Senior Leaving Certificate Examination (including Day School Certificate (Higher) General paper), 1950
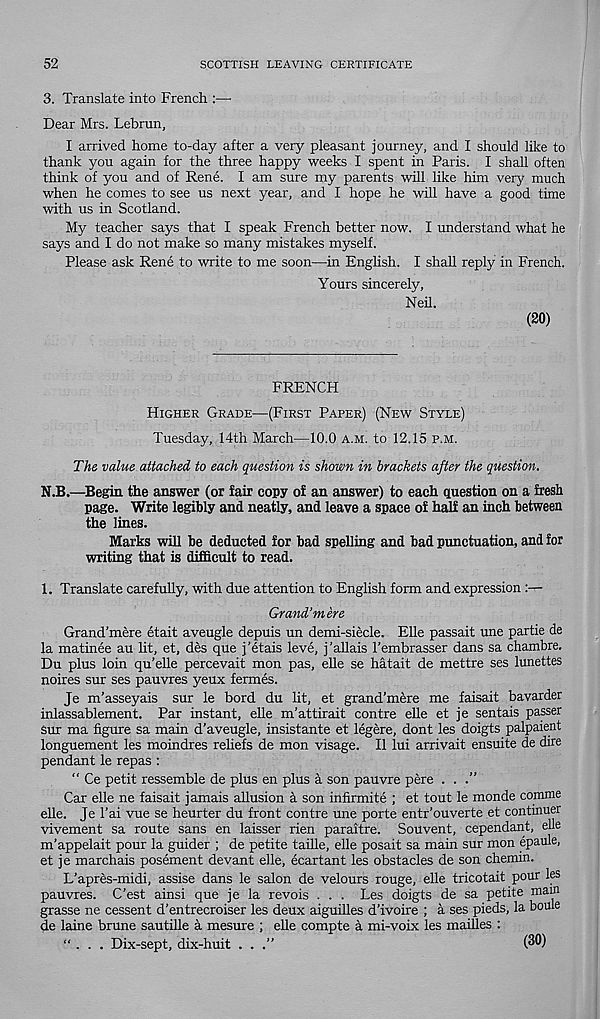
52
SCOTTISH LEAVING CERTIFICATE
3. Translate into French :—
Dear Mrs. Lebrun,
I arrived home to-day after a very pleasant journey, and I should like to
thank you again for the three happy weeks I spent in Paris. I shall often
think of you and of Rene. I am sure my parents will like him very much
when he comes to see us next year, and I hope he will have a good time
with us in Scotland.
My teacher says that I speak French better now. I understand what he
says and I do not make so many mistakes myself.
Please ask Rene to write to me soon—in English. I shall reply in French.
Yours sincerely,
Neil.
(20)
FRENCH
Higher Grade—(First Paper) (New Style)
Tuesday, 14th March—10.0 a.m. to 12.15 p.m.
The value attached to each question is shown in brackets after the question.
N.B.—Begin the answer (or fair copy of an answer) to each question on a fresh
page. Write legibly and neatly, and leave a space of half an inch between
the lines.
Marks will be deducted for bad spelling and bad punctuation, and for
writing that is difficult to read.
1. Translate carefully, with due attention to English form and expression :—
Grand’mere
Grand’mere etait aveugle depuis un demi-siecle. Elle passait une partie de
la matinee au lit, et, des que j’etais leve, j’allais I’embrasser dans sa chambre.
Du plus loin qu’elle percevait mon pas, elle se hatait de mettre ses lunettes
noires sur ses pauvres yeux fermes.
Je m’asseyais sur le bord du lit, et grand’mere me faisait bavarder
inlassablement. Par instant, elle m’attirait centre elle et je sentais passer
Sur ma figure sa main d’aveugle, insistante et legere, dont les doigts palpaient
longuement les moindres rehefs de mon visage. II lui arrivait ensuite de dire
pendant le repas :
“ Ce petit ressemble de plus en plus a son pauvre pere ...”
Car elle ne faisait jamais allusion a son infirmite ; et tout le monde comme
elle. Je 1’ai vue se heurter du front centre une porte entr’ouverte et continuer
vivement sa route sans en laisser rien paraitre. Souvent, cependant, elle
m’appelait pour la guider ; de petite table, elle posait sa main sur mon epaule,
et je marchais posement devant elle, ecartant les obstacles de son chemin.
L’apres-midi, assise dans le salon de velours rouge, elle tricotait pour les
pauvres. C’est ainsi que je la revois . . . Les doigts de sa petite main
grasse ne cessent d’entrecroiser les deux aiguilles d’ivoire ; a ses pieds, la bouie
de laine brune sautille a mesure ; elle compte a mi-voix les mailles :
“ . . . Dix-sept, dix-huit . . .”
(30)